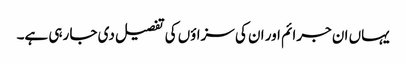
یہاں ان جرائم اور ان کی سزاؤں کی تفصیل دی جا رہی ہے۔